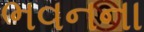
ભવનના